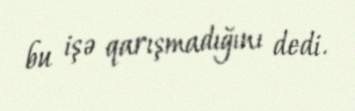
bu işə qarışmadığını dedi.